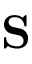
\mathbf { S }